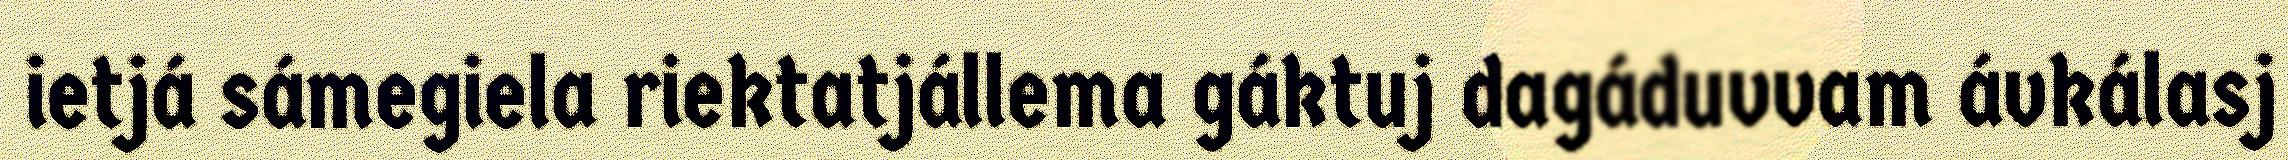
ietjá sámegiela riektatjállema gáktuj dagáduvvam ávkálasj